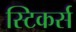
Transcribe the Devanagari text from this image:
स्टिकर्स